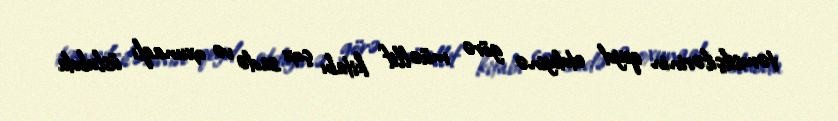
təmsilçilərinin qeyd etdiyinə görə müəllif kitabı çox sadə və oxunaqlı üslubda